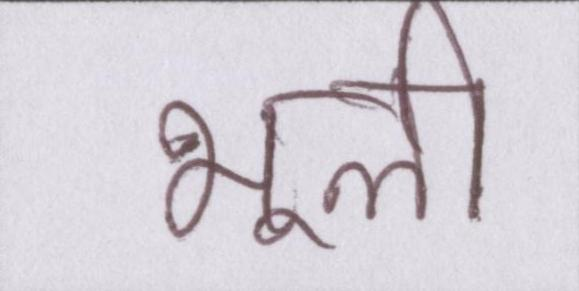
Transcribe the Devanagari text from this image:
भूली